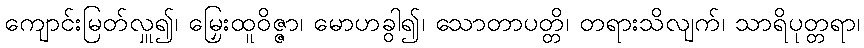
ကျောင်းမြတ်လှူ၍၊ မြှေးထူဝိဇ္ဇာ၊ မောဟခွါ၍၊ သောတာပတ္တိ၊ တရားသိလျက်၊ သာရိပုတ္တရာ၊